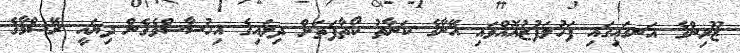
ޒޫރިންގެ އަނގައިގައި ފަހުލަފުޒުއޮއްވައި އޭނާގެ ކަނާތު ކޯތާފަތަށް ދިލައިގެ އިހުސާސްވެގެން ދިޔައީ ރޭޝްމާގެ